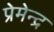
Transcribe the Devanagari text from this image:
प्रेमेन्द्र